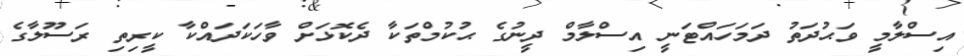
އިސްލާމީ ވަޙުދަތު ދަމަހައްޓަނީ އިސްލާމް ދީނުގެ ޙުކުމްތަކާ ދެކޮޅަށް ވާހަކަދައްކާ ކީރިތި ރަސޫލާގެ